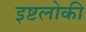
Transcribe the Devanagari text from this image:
इष्टलोकी